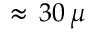
\approx \, 3 0 \, \mu